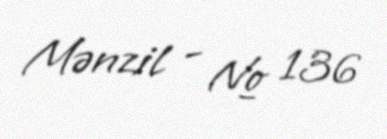
Mənzil - № 136